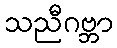
သညီဂဗ္ဘာ